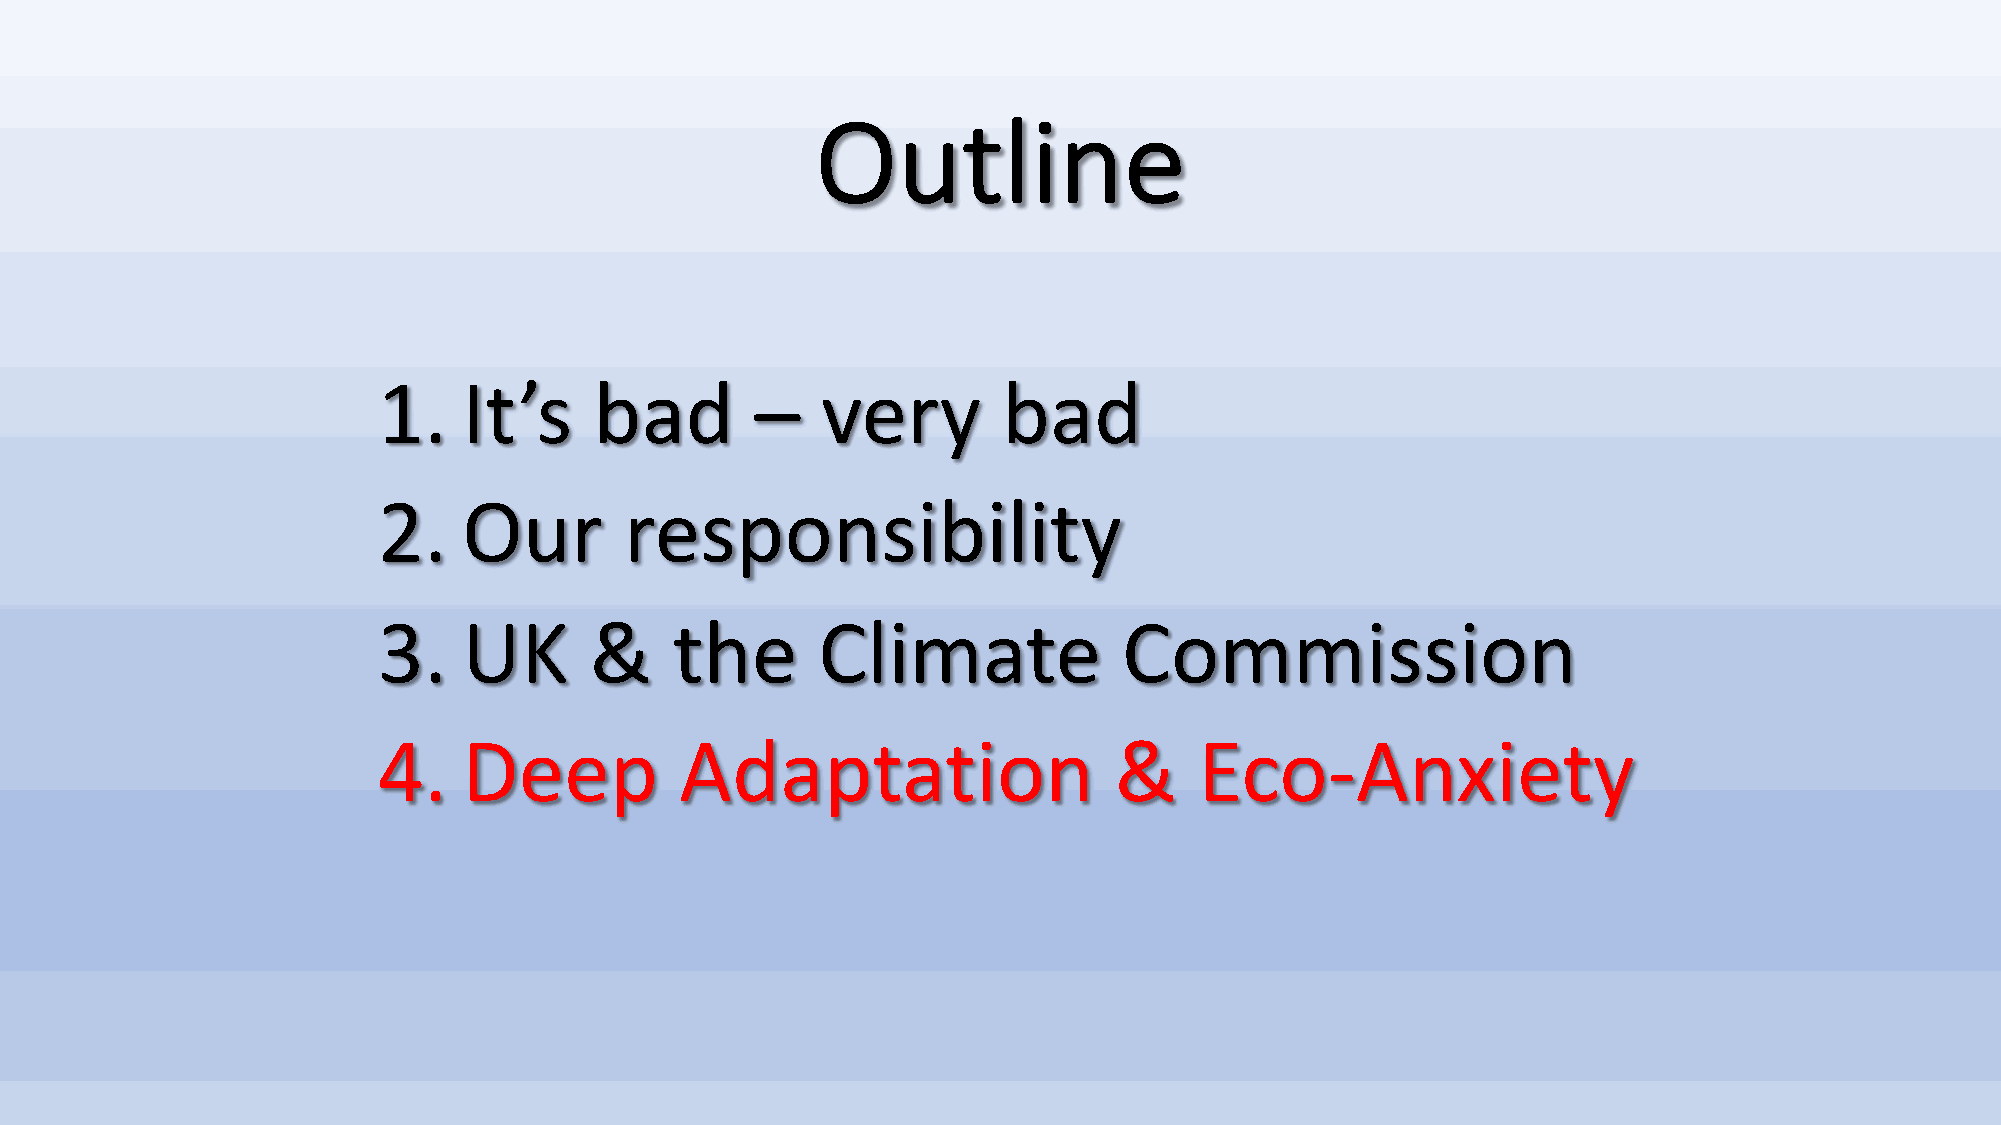
Outline
 1.    It’s    bad        –   very        bad
 2.    Our       responsibility
 3.    UK      &     the      Climate             Commission
 4.    Deep          Adaptation                   &    Eco-Anxiety